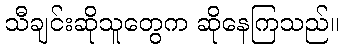
သီချင်းဆိုသူတွေက ဆိုနေကြသည်။